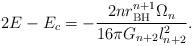
LaTeX: \begin{align*} 2E-E_c =-\frac{2n r_{\rm BH}^{n+1} \Omega_n}{16\pi G_{n+2}l^2_{n+2}}.\end{align*}